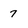
Character: 7